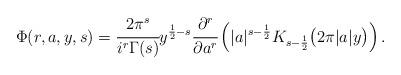
LaTeX: \begin{align*} \Phi(r,a,y,s) = \cfrac{2\pi^s}{i^r \Gamma(s)} y^{\frac12-s} \cfrac{\partial^r}{\partial a^r}\left( |a|^{s-\frac12} K_{s-\frac12}\big(2\pi|a|y\big)\right).\end{align*}